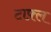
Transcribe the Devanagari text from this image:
टाफ़्ल